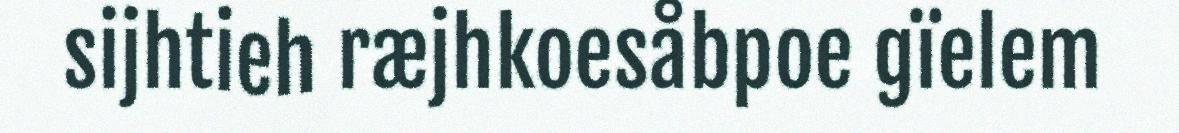
sijhtieh ræjhkoesåbpoe gïelem